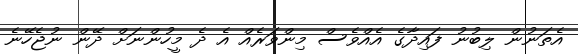
އެތަނުން ލިބުނު ފައިދާގެ އެއްވެސް މިންވަރެއް އެ ދެ މީހުންނަށް ދޭން ނުޖެހޭނެ